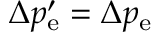
\Delta p _ { \mathrm { e } } ^ { \prime } = \Delta p _ { \mathrm { e } }